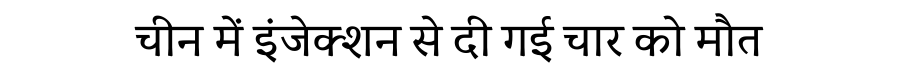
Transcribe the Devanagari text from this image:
चीन में इंजेक्शन से दी गई चार को मौत